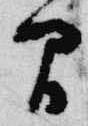
間